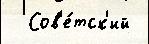
  Сов'е́тск'ий